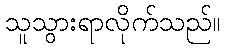
သူသွားရာလိုက်သည်။